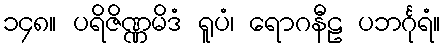
၁၄၈။ ပရိဇိဏ္ဏမိဒံ ရူပံ၊ ရောဂနီဠ ပဘင်္ဂုရံ။